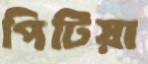
পিটিয়া